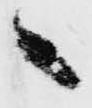
候